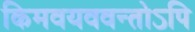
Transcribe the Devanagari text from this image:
किमवयववन्तोऽपि